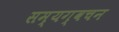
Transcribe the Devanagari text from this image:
सम्यग्वचन